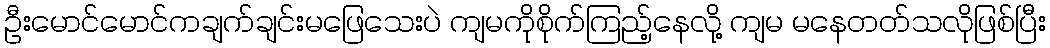
ဦးမောင်မောင်ကချက်ချင်းမဖြေသေးပဲ ကျမကိုစိုက်ကြည့်နေလို့ ကျမ မနေတတ်သလိုဖြစ်ပြီး